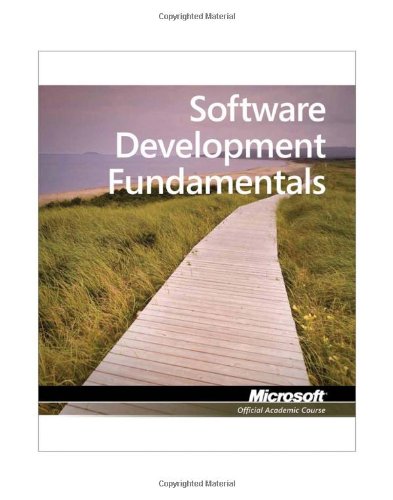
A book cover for Exam 98-361 MTA Software Development Fundamentals; Microsoft Official Academic Course; Computers & Technology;